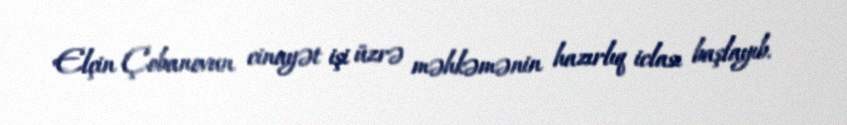
Elçin Çobanovun cinayət işi üzrə məhkəmənin hazırlıq iclası başlayıb.